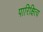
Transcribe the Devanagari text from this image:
पारिक्षित्य